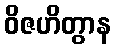
ဝိဇဟိတွာန